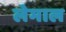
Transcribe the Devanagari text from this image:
लेमाल